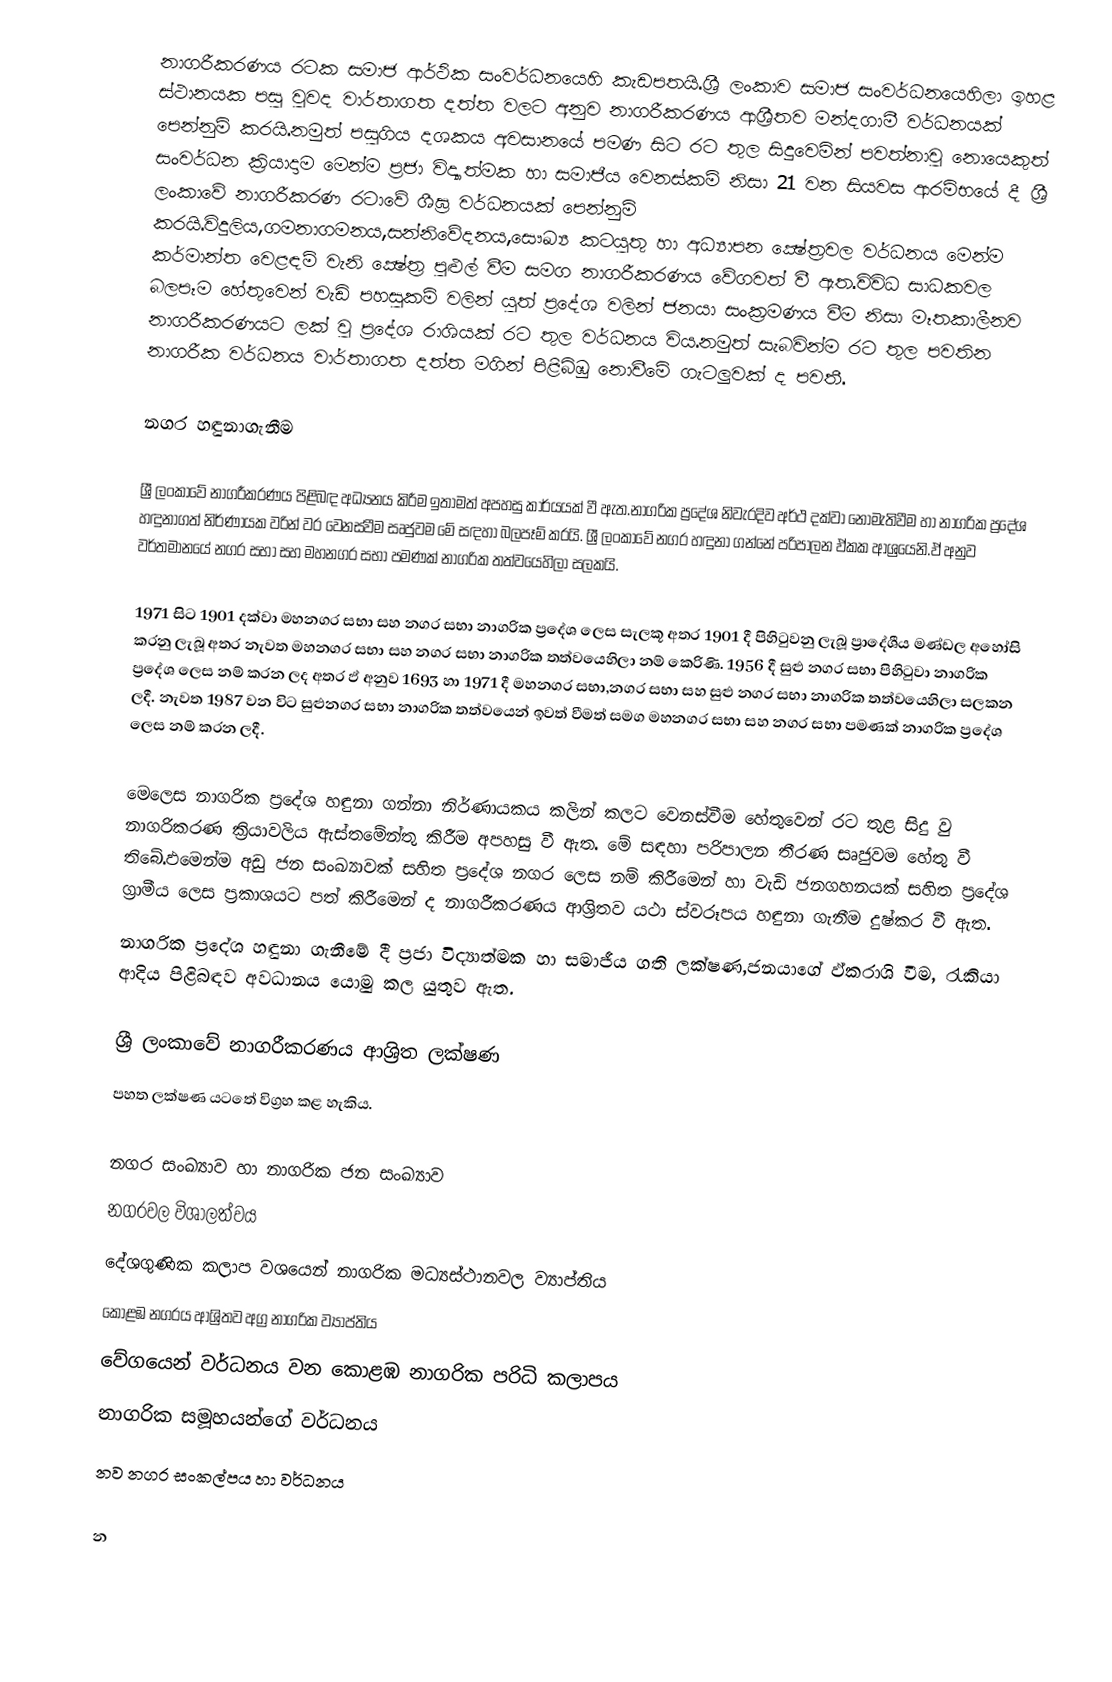
නාගරීකරණය රටක සමාජ ආර්ථික සංවර්ධනයෙහි කැඩපතයි.ශ්‍රී ලංකාව සමාජ සංවර්ධනයෙහිලා ඉහළ ස්ථානයක පසු වුවද වාර්තාගත දත්ත වලට අනුව නාගරීකරණය ආශ්‍රීතව මන්දගාමී වර්ධනයක් පෙන්නුම් කරයි.නමුත් පසුගිය දශකය අවසානයේ පමණ සිට රට තුල සිදුවෙමින් පවත්නාවු නොයෙකුත් සංවර්ධන ක්‍රියාදාම මෙන්ම ප්‍රජා විද්‍යාත්මක හා සමාජීය වෙනස්කම් නිසා 21 වන සියවස ආරම්භයේ දී ශ්‍රී ලංකාවේ නාගරීකරණ රටාවේ ශීඝ්‍ර වර්ධනයක් පෙන්නුම් කරයි.විදුලිය,ගමනාගමනය,සන්නිවේදනය,සෞඛ්‍ය කටයුතු හා අධ්‍යාපන ක්‍ෂේත්‍රවල වර්ධනය මෙන්ම කර්මාන්ත වෙළඳම් වැනි ක්‍ෂේත්‍ර පුළුල් වීම සමග නාගරීකරණය වේගවත් වී ඇත.විවිධ සාධකවල බලපෑම හේතුවෙන් වැඩි පහසුකම් වලින් යුත් ප්‍රදේශ වලින් ජනයා සංක්‍රමණය වීම නිසා මෑතකාලීනව නාගරීකරණයට ලක් වු ප්‍රදේශ රාශියක් රට තුල වර්ධනය විය.නමුත් සැබවින්ම රට තුල පවතින නාගරීක වර්ධනය වාර්තාගත දත්ත මගින් පිළිබිඹු නොවීමේ ගැටලුවක් ද පවතී.

නගර හඳුනාගැනීම

ශ්‍රී ලංකාවේ නාගරීකරණය පිළිබඳ අධ්‍යනය කිරීම ඉතාමත් අපහසු කාර්යයක් වී ඇත.නාගරික ප්‍රදේශ නිවැරදිව අර්ථ දක්වා නොමැතිවීම හා නාගරික ප්‍රදේශ හඳුනාගත් නිර්ණායක වරින් වර වෙනස්වීම සෘජුවම මේ සඳහා බලපෑම් කරයි. ශ්‍රී ලංකා‍‍වේ නගර හඳුනා ගන්නේ පරිපාලන ඵ්කක ආශ්‍රයෙනි.ඵ් අනුව වර්තමානයේ නගර සභා සහ මහනගර සභා පමණක් නාගරික තත්වයෙහිලා සලකයි.

1971 සිට 1901 දක්වා මහනගර සභා සහ නගර සභා නාගරික ප්‍රදේශ ලෙස සැලකූ අතර 1901 දී පිහිටුවනු ලැබූ ප්‍රාදේශීය මණ්ඩල අහෝසි කරනු ලැබූ අතර නැවත මහනගර සභා සහ නගර සභා නාගරික තත්වයෙහිලා නම් කෙරිණි. 1956 දී සුළු නගර සභා පිහිටුවා නාගරික ප්‍රදේශ ලෙස නම් කරන ලද අතර ඵ් අනුව 1693 හා 1971 දී මහනගර සභා,නගර සභා සහ සුළු නගර සභා නාගරික තත්වයෙහිලා සලකන ලදී. නැවත 1987 වන විට සුළුනගර සභා නාගරික තත්වයෙන් ඉවත් වීමත් සමග මහනගර සභා සහ නගර සභා පමණක් නාගරික ප්‍රදේශ ලෙස නම් කරන ලදී.

මෙලෙස නාගරික ප්‍රදේශ හඳුනා ගන්නා නිර්ණායකය කලින් කලට වෙනස්වීම හේතුවෙන් රට තුළ සිදු වු නාගරිකරණ ක්‍රියාවලිය ඇස්තමේන්තු කිරීම අපහසු වී ඇත. මේ සඳහා පරිපාලන තීරණ සෘජුවම හේතු වී ති‍බේ.ඵමෙන්ම අඩු ජන සංඛ්‍යාවක් සහිත ප්‍රදේශ නගර ලෙස නම් කිරීමෙන් හා වැඩි ජනගහනයක් සහිත ප්‍රදේශ ග්‍රාමීය ලෙස ප්‍රකාශයට පත් කිරීමෙන් ද නාගරීකරණය ආශ්‍රිතව යථා ස්වරූපය හඳුනා ගැනීම දුෂ්කර වී ඇත.
නාගරික ප්‍රදේශ හඳුනා ගැනීමේ දී ප්‍රජා විද්‍යාත්මක හා සමාජීය ගති ලක්ෂණ,ජනයාගේ ඵ්කරාශි වීම, රැකියා ආදිය පිළිබඳව අවධානය යොමු කල යුතුව ඇත.

ශ්‍රී ලංකා‍වේ නාගරීකරණය ආශ්‍රිත ලක්ෂණ
	පහත ලක්ෂණ යටතේ විග්‍රහ කළ හැකිය.

 නගර සංඛ්‍යාව හා නාගරික ජන සංඛ්‍යාව
නගරවල විශාලත්වය
 දේශගුණික කලාප වශයෙන් නාගරික මධ්‍යස්ථානවල ව්‍යාප්තිය
කොළඹ නගරය ආශ්‍රිතව අග්‍ර නාගරික ව්‍යාප්තිය
 ‍වේගයෙන් වර්ධනය වන කොළඹ නාගරික පරිධි කලාපය
නාගරික සමූහයන්ගේ වර්ධනය
 නව නගර සංකල්පය හා වර්ධනය

න